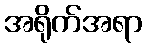
အရိုက်အရာ